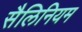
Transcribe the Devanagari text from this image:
सैलिनियम